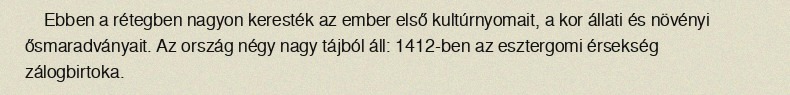
Ebben a rétegben nagyon keresték az ember első kultúrnyomait, a kor állati és növényi ősmaradványait. Az ország négy nagy tájból áll: 1412-ben az esztergomi érsekség zálogbirtoka.